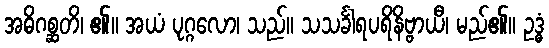
အဓိဂစ္ဆတိ၊ ၏။ အယံ ပုဂ္ဂလော၊ သည်။ သသင်္ခါရပရိနိဗ္ဗာယီ၊ မည်၏။ ဥဒ္ဓံ